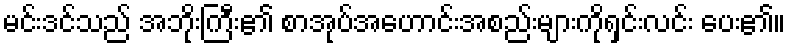
မင်းဒင်သည် အဘိုးကြီး၏ စာအုပ်အဟောင်းအစည်းများကိုရှင်းလင်း ပေး၏။